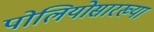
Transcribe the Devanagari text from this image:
पोलियोसारख्या